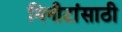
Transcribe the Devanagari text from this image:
मिनीटांसाठी